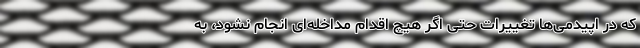
که در اپیدمی‌ها تغییرات حتی اگر هیچ اقدام مداخله‌ای انجام نشود، به